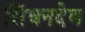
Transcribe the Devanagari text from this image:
सिंघनदेव